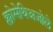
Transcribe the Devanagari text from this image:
क्लोमेथिअजोले